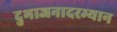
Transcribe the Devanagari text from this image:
दुभाजनादरम्यान